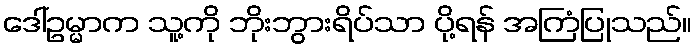
ဒေါ်ဥမ္မာက သူ့ကို ဘိုးဘွားရိပ်သာ ပို့ရန် အကြံပြုသည်။